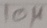
Text: 10µ